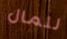
للمال